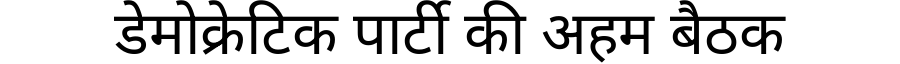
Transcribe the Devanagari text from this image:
डेमोक्रेटिक पार्टी की अहम बैठक